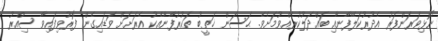
ނޮޅިވަރަންފަރު އެދުރުކަލޭފާނާއި ބައްދަލުކުރެއްވުމަށެވެ. ޙަސަން ޚަތީބު ތަކުރުފާނާއެކު އެރަށަށް ވަޑައިގެން ފޮރުވިފައިވާ ސިއްރު